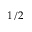
1 / 2